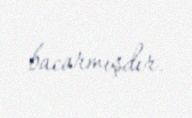
bacarmışdır.